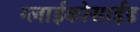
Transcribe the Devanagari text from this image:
ग्लाईकोसाईड